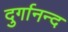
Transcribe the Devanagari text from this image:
दुर्गानन्द